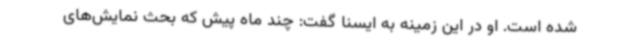
شده است. او در این زمینه به ایسنا گفت: چند ماه پیش که بحث نمایش‌های